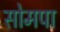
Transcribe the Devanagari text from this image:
सोमपा